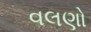
વલણો